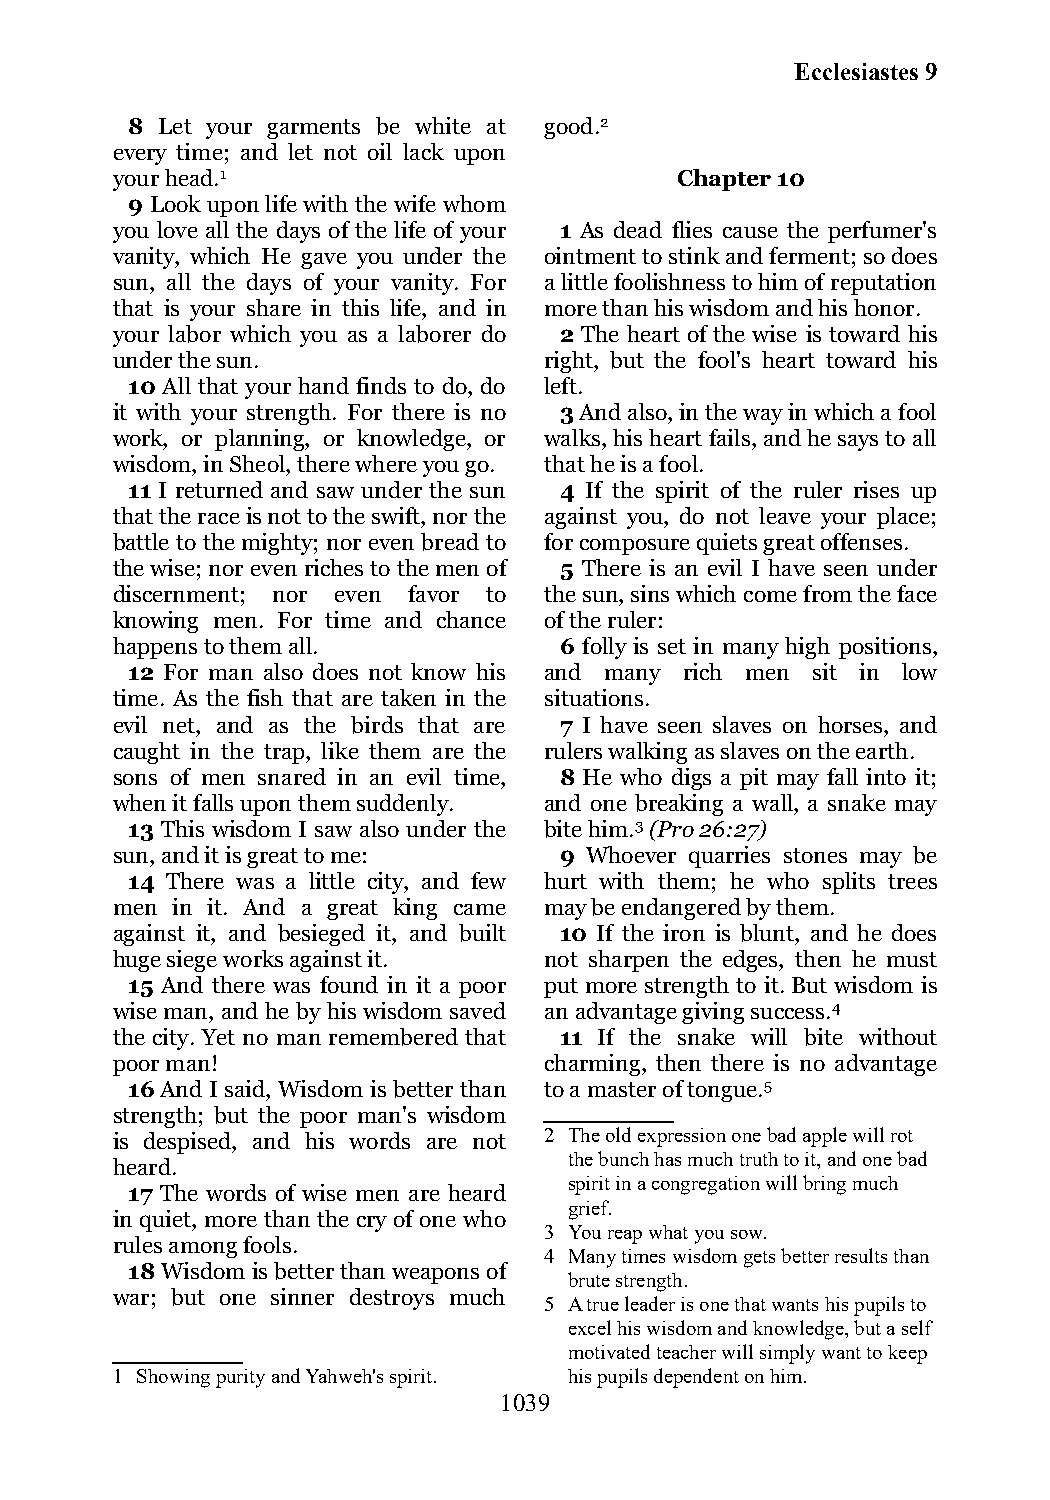
Ecclesiastes 9
 8  Let your garments be white at good.2
 every time; and let not oil lack upon
 your head.1                           Chapter 10
 9 Look upon life with the wife whom
 you love all the days of the life of your 1 As dead flies cause the perfumer's
 vanity, which He gave you under the ointment to stink and ferment; so does
 sun, all the days of your vanity. For a little foolishness to him of reputation
 that is your share in this life, and in more than his wisdom and his honor.
 your labor which you as a laborer do 2 The heart of the wise is toward his
 under the sun.               right, but the fool's heart toward his
 10 All that your hand finds to do, do left.
 it with your strength. For there is no 3 And also, in the way in which a fool
 work, or planning, or knowledge, or walks, his heart fails, and he says to all
 wisdom, in Sheol, there where you go. that he is a fool.
 11 I returned and saw under the sun 4 If the spirit of the ruler rises up
 that the race is not to the swift, nor the against you, do not leave your place;
 battle to the mighty; nor even bread to for composure quiets great offenses.
 the wise; nor even riches to the men of 5 There is an evil I have seen under
 discernment; nor even favor to the sun, sins which come from the face
 knowing men. For time and chance of the ruler:
 happens to them all.          6 folly is set in many high positions,
 12 For man also does not know his and many rich men sit in low
 time. As the fish that are taken in the situations.
 evil net, and as the birds that are 7 I have seen slaves on horses, and
 caught in the trap, like them are the rulers walking as slaves on the earth.
 sons of men snared in an evil time, 8 He who digs a pit may fall into it;
 when it falls upon them suddenly. and one breaking a wall, a snake may
 13 This wisdom I saw also under the bite him.3 (Pro 26:27)
 sun, and it is great to me:   9 Whoever quarries stones may be
 14 There was a little city, and few hurt with them; he who splits trees
 men in it. And a great king came may be endangered by them.
 against it, and besieged it, and built 10 If the iron is blunt, and he does
 huge siege works against it. not sharpen the edges, then he must
 15 And there was found in it a poor put more strength to it. But wisdom is
 wise man, and he by his wisdom saved an advantage giving success.4
 the city. Yet no man remembered that 11 If the snake will bite without
 poor man!                    charming, then there is no advantage
 16 And I said, Wisdom is better than to a master of tongue.5
 strength; but the poor man's wisdom
 is despised, and his words are not 2 The old expression one bad apple will rot
 the bunch has much truth to it, and one bad
 heard.
 spirit in a congregation will bring much
 17 The words of wise men are heard
 grief.
 in quiet, more than the cry of one who
 3 You reap what you sow.
 rules among fools.
 4 Many times wisdom gets better results than
 18 Wisdom is better than weapons of
 brute strength.
 war; but one sinner destroys much
 5 A true leader is one that wants his pupils to
 excel his wisdom and knowledge, but a self
 motivated teacher will simply want to keep
 1 Showing purity and Yahweh's spirit. his pupils dependent on him.
 1039